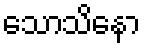
သောသိနော